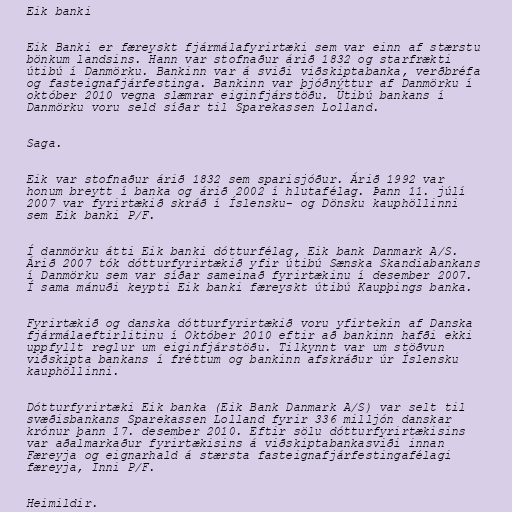
Eik banki

Eik Banki er færeyskt fjármálafyrirtæki sem var einn af stærstu
bönkum landsins. Hann var stofnaður árið 1832 og starfrækti
útibú í Danmörku. Bankinn var á sviði viðskiptabanka, verðbréfa
og fasteignafjárfestinga. Bankinn var þjóðnýttur af Danmörku í
október 2010 vegna slæmrar eiginfjárstöðu. Útibú bankans í
Danmörku voru seld síðar til Sparekassen Lolland.

Saga.

Eik var stofnaður árið 1832 sem sparisjóður. Árið 1992 var
honum breytt í banka og árið 2002 í hlutafélag. Þann 11. júlí
2007 var fyrirtækið skráð í Íslensku- og Dönsku kauphöllinni
sem Eik banki P/F.

Í danmörku átti Eik banki dótturfélag, Eik bank Danmark A/S.
Árið 2007 tók dótturfyrirtækið yfir útibú Sænska Skandiabankans
í Danmörku sem var síðar sameinað fyrirtækinu í desember 2007.
Í sama mánuði keypti Eik banki færeyskt útibú Kaupþings banka.

Fyrirtækið og danska dótturfyrirtækið voru yfirtekin af Danska
fjármálaeftirlitinu í Október 2010 eftir að bankinn hafði ekki
uppfyllt reglur um eiginfjárstöðu. Tilkynnt var um stöðvun
viðskipta bankans í fréttum og bankinn afskráður úr Íslensku
kauphöllinni.

Dótturfyrirtæki Eik banka (Eik Bank Danmark A/S) var selt til
svæðisbankans Sparekassen Lolland fyrir 336 milljón danskar
krónur þann 17. desember 2010. Eftir sölu dótturfyrirtækisins
var aðalmarkaður fyrirtækisins á viðskiptabankasviði innan
Færeyja og eignarhald á stærsta fasteignafjárfestingafélagi
færeyja, Inni P/F.

Heimildir.